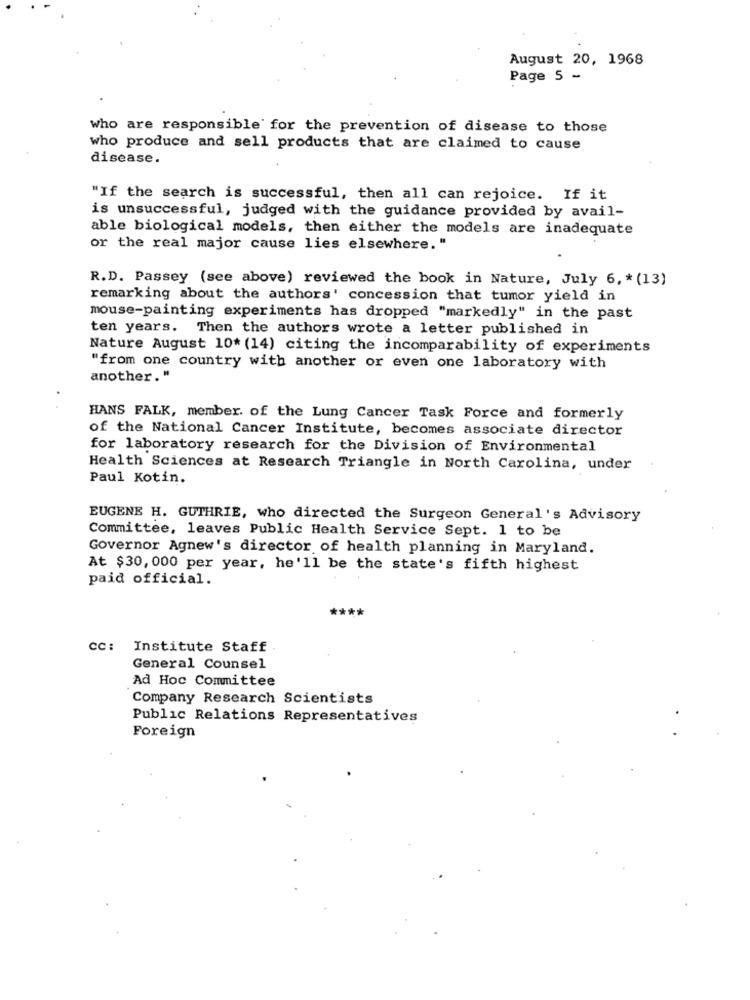
August 20, 1968
Page 5 -
who are responsible for the prevention of disease to those
who produce and sell products that are claimed to cause
disease.
"If the search is successful, then all can rejoice. If it
is unsuccessful, judged with the guidance provided by avail-
able biological models, then either the models are inadequate
or the real major cause lies elsewhere. "
R.D. Passey (see above) reviewed the book in Nature, July 6, * (13)
remarking about the authors' concession that tumor yield in
mouse-painting experiments has dropped "markedly" in the past
ten years. Then the authors wrote a letter published in
Nature August 10* (14) citing the incomparability of experiments
"from one country with another or even one laboratory with
another. "
HANS FALK, member. of the Lung Cancer Task Force and formerly
of the National Cancer Institute, becomes associate director
for laboratory research for the Division of Environmental
Health Sciences at Research Triangle in North Carolina, under
Paul Kotin.
EUGENE H. GUTHRIE, who directed the Surgeon General's Advisory
Committee, leaves Public Health Service Sept. 1 to be
Governor Agnew's director of health planning in Maryland.
At $30, 000 per year, he'll be the state's fifth highest
paid official.
****
CC: Institute Staff
General Counsel
Ad Hoc Committee
Company Research Scientists
Public Relations Representatives
Foreign